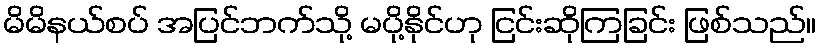
မိမိနယ်စပ် အပြင်ဘက်သို့ မပို့နိုင်ဟု ငြင်းဆိုကြခြင်း ဖြစ်သည်။